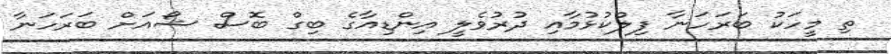
ތި މީހަކު ބަރަހަނާ ފިލްކުޅުމާއި ދުރުވެލީ އިންޑިއާގެ ބިގް ބޮސް ޝޯއަށް ބަރަހަނާ